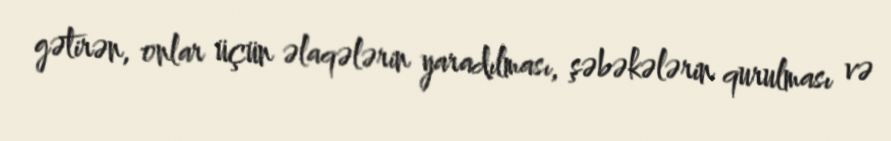
gətirən, onlar üçün əlaqələrin yaradılması, şəbəkələrin qurulması və